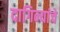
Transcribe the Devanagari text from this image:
दागिन्यांचे